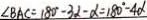
\angle B A C = 1 8 0 ^ { \circ } - 3 \alpha - \alpha = 1 8 0 ^ { \circ } - 4 \alpha